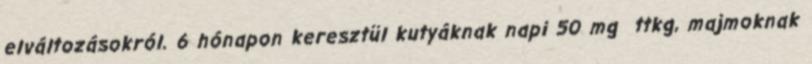
elváltozásokról. 6 hónapon keresztül kutyáknak napi 50 mg ttkg, majmoknak